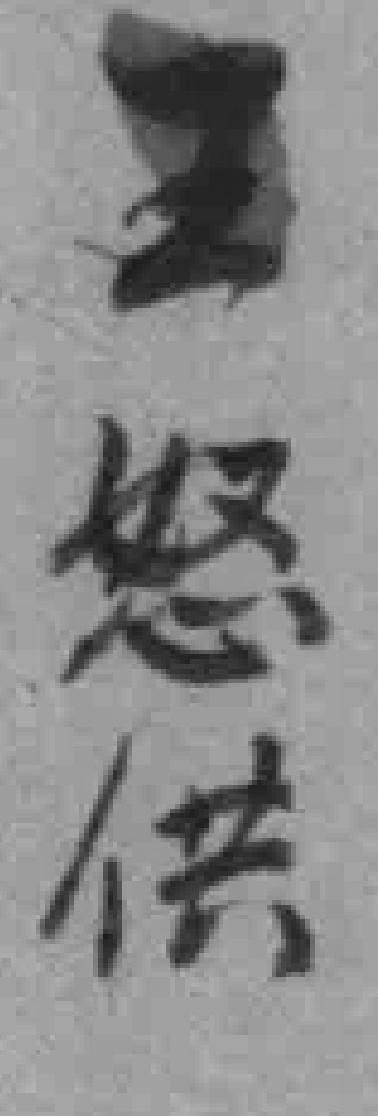
王怒供